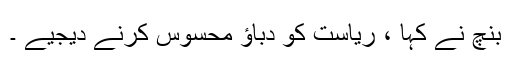
بنچ نے کہا ، ریاست کو دباؤ محسوس کرنے دیجیے ۔